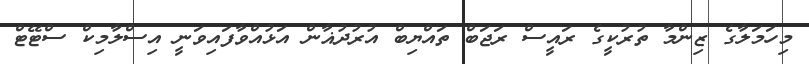
މިހަމަލާގެ ޒިންމާ ތުރުކީގެ ރައީސް ރަޖަބް ތައްޔިބް އުރުދުޣާން އަޅުއްވާފައިވަނީ އިސްލާމިކް ސްޓޭޓް